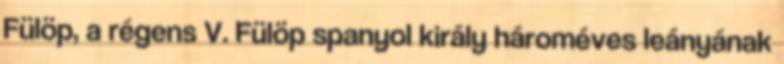
Fülöp, a régens V. Fülöp spanyol király hároméves leányának